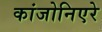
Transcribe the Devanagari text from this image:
कांजोनिएरे